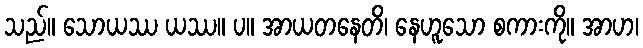
သည်။ သောယဿ ယဿ။ ပ။ အာယတနေတိ၊ နေဟူသော စကားကို။ အာဟ၊